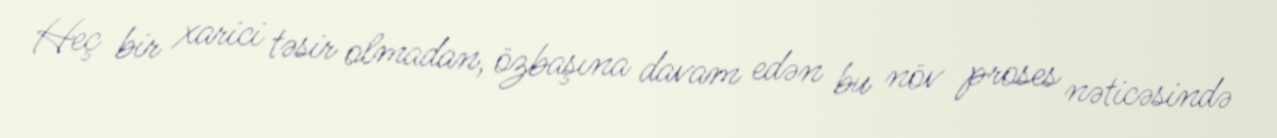
Heç bir xarici təsir olmadan, özbaşına davam edən bu növ proses nəticəsində